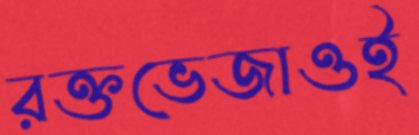
রক্তভেজাওই